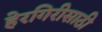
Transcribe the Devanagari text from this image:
हेरगिरीसाठी